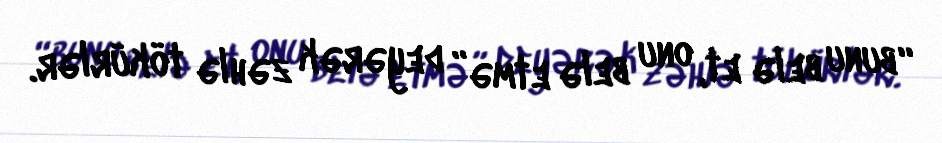
“bunu belə et, onu belə etmə” deyərək zəhlə tökürlər.